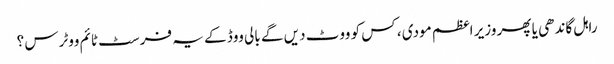
راہل گاندھی یا پھر وزیر اعظم مودی ، کس کو ووٹ دیں گے بالی ووڈ کے یہ فرسٹ ٹائم ووٹرس ؟